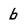
Character: b